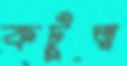
কটুত্ব